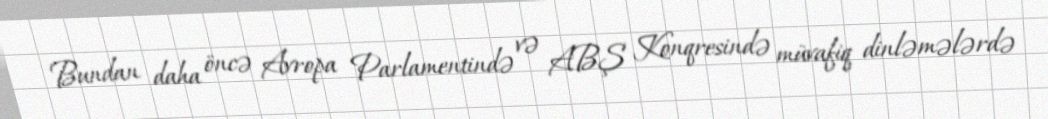
Bundan daha öncə Avropa Parlamentində və ABŞ Konqresində müvafiq dinləmələrdə